Civil Veterinary Department. Madras. Admin. report 1926-33 - 1926-1933
Year: 1926
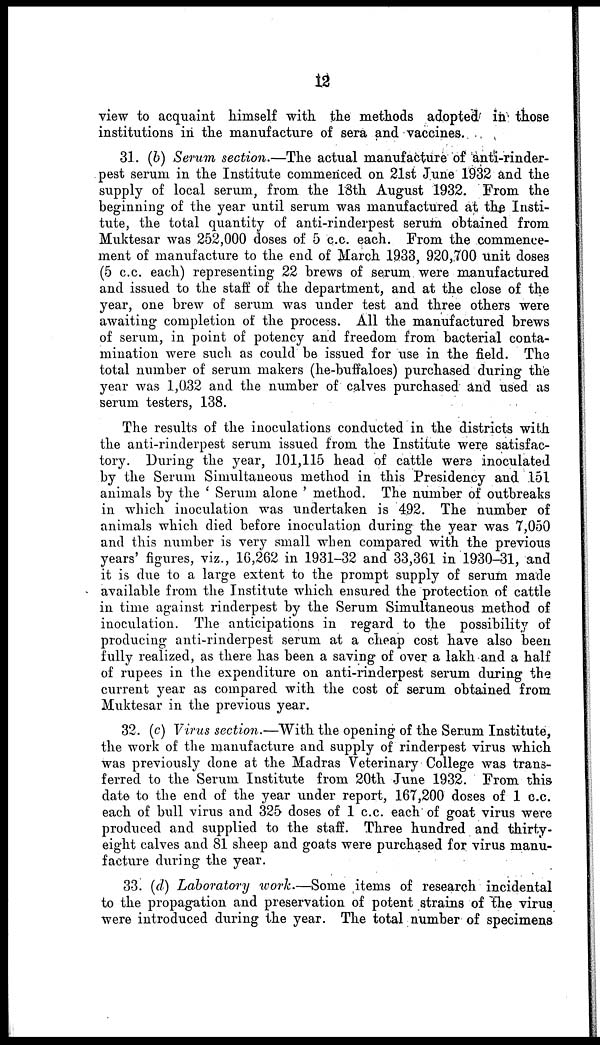
12
view to acquaint himself with the methods adopted in those
institutions in the manufacture of sera and vaccines.
31. (b) Serum section.—The actual manufacture of anti-rinder-
pest serum in the Institute commenced on 21st June 1932 and the
supply of local serum, from the 18th August 1932. From the
beginning of the year until serum was manufactured at the Insti-
tute, the total quantity of anti-rinderpest serum obtained from
Muktesar was 252,000 doses of 5 c.c. each. From the commence-
ment of manufacture to the end of March 1933, 920,700 unit doses
(5 c.c. each) representing 22 brews of serum were manufactured
and issued to the staff of the department, and at the close of the
year, one brew of serum was under test and three others were
awaiting completion of the process. All the manufactured brews
of serum, in point of potency and freedom from bacterial conta-
mination were such as could be issued for use in the field. The
total number of serum makers (he-buffaloes) purchased during the
year was 1,032 and the number of calves purchased and used as
serum testers, 138.
The results of the inoculations conducted in the districts with
the anti-rinderpest serum issued from the Institute were satisfac-
tory. During the year, 101,115 head of cattle were inoculated
by the Serum Simultaneous method in this Presidency and 151
animals by the ' Serum alone ' method. The number of outbreaks
in which inoculation was undertaken is 492. The number of
animals which died before inoculation during the year was 7,050
and this number is very small when compared with the previous
years' figures, viz., 16,262 in 1931-32 and 33,361 in 1930-31, and
it is due to a large extent to the prompt supply of serum made
available from the Institute which ensured the protection of cattle
in time against rinderpest by the Serum Simultaneous method of
inoculation. The anticipations in regard to the possibility of
producing anti-rinderpest serum at a cheap cost have also been
fully realized, as there has been a saving of over a lakh and a half
of rupees in the expenditure on anti-rinderpest serum during the
current year as compared with the cost of serum obtained from
Muktesar in the previous year.
32. (c) Virus section.—With the opening of the Serum Institute,
the work of the manufacture and supply of rinderpest virus which
was previously done at the Madras Veterinary College was trans-
ferred to the Serum Institute from 20th June 1932. From this
date to the end of the year under report, 167,200 doses of 1 c.c.
each of bull virus and 325 doses of 1 c.c. each of goat virus were
produced and supplied to the staff. Three hundred and thirty-
eight calves and 81 sheep and goats were purchased for virus manu-
facture during the year.
33. (d) Laboratory work.—Some items of research incidental
to the propagation and preservation of potent strains of the virus
were introduced during the year. The total number of specimens